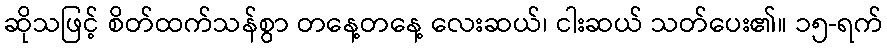
ဆိုသဖြင့် စိတ်ထက်သန်စွာ တနေ့တနေ့ လေးဆယ်၊ ငါးဆယ် သတ်ပေး၏။ ၁၅-ရက်